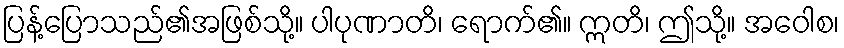
ပြန့်ပြောသည်၏အဖြစ်သို့။ ပါပုဏာတိ၊ ရောက်၏။ ဣတိ၊ ဤသို့။ အဝေါစ၊